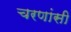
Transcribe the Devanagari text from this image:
चरणांसी